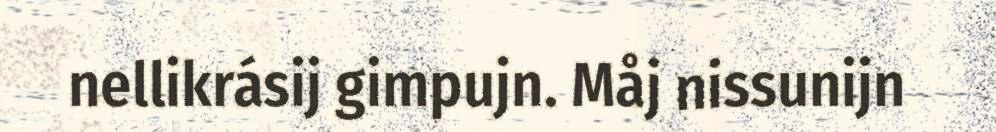
nellikrásij gimpujn. Måj nissunijn